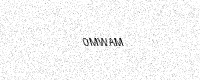
Text: 0MWAM